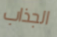
الجذاب